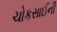
ચોકસાઈની